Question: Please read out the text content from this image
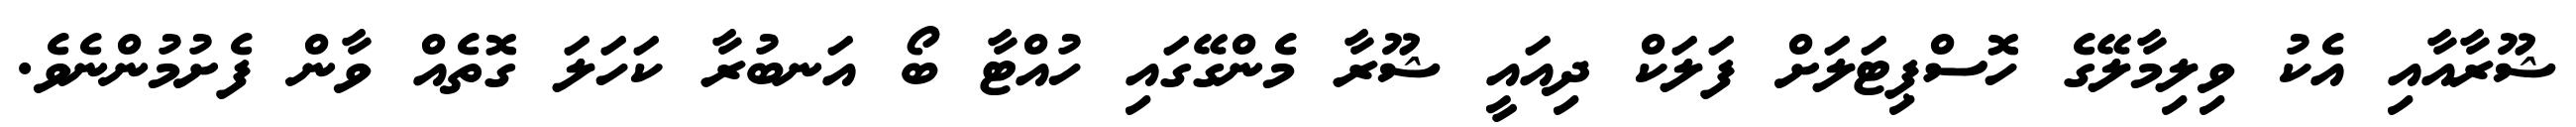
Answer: ޝޫރާއާއި އެކު ވިލިމާލޭގެ ހޮސްޕިޓަލަށް ފަލަކް ދިއައީ ޝޫރާ މެންގޭގައި ހުއްޓާ ބޯ އަނބުރާ ކަހަލަ ގޮތެއް ވާން ފެށުމުންނެވެ.